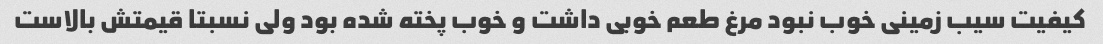
کیفیت سیب زمینی خوب نبود مرغ طعم خوبی داشت و خوب پخته شده بود ولی نسبتا قیمتش بالاست